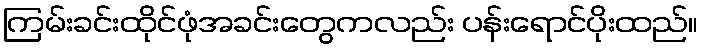
ကြမ်းခင်းထိုင်ဖုံအခင်းတွေကလည်း ပန်းရောင်ပိုးထည်။